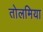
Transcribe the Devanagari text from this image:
तोलमिया